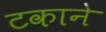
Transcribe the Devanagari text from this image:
टकाने